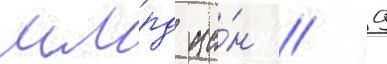
млрд ие́н // 9